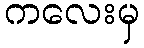
ကလေးမှ